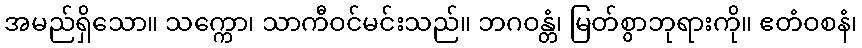
အမည်ရှိသော။ သက္ကော၊ သာကီဝင်မင်းသည်။ ဘဂဝန္တံ၊ မြတ်စွာဘုရားကို။ ဧတံဝစနံ၊